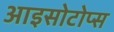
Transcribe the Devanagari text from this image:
आइसोटोप्स